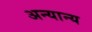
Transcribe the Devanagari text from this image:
अन्‍यान्‍य